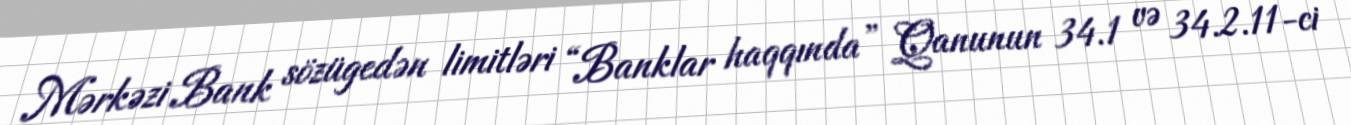
Mərkəzi Bank sözügedən limitləri “Banklar haqqında” Qanunun 34.1 və 34.2.11-ci